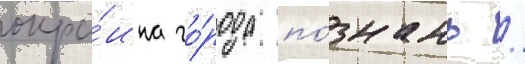
окра́ина го́рода по́знань /